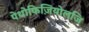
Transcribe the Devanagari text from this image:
पेथोफिज़ियोलजि